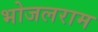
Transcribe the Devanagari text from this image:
भोजलराम